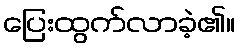
ပြေးထွက်လာခဲ့၏။